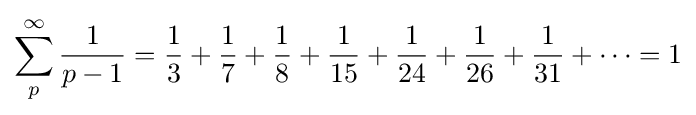
\sum _{p}^{\infty }{\frac {1}{p-1}}={{\frac {1}{3}}+{\frac {1}{7}}+{\frac {1}{8}}+{\frac {1}{15}}+{\frac {1}{24}}+{\frac {1}{26}}+{\frac {1}{31}}}+\cdots =1